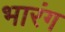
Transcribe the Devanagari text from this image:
भारंग